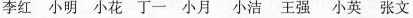
李红小明小花丁一小月小洁王强小英张文